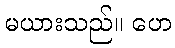
မယားသည်။ ဟေ